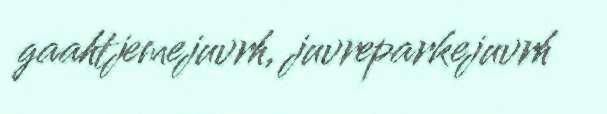
gaahtjemejuvrh, juvreparkejuvrh